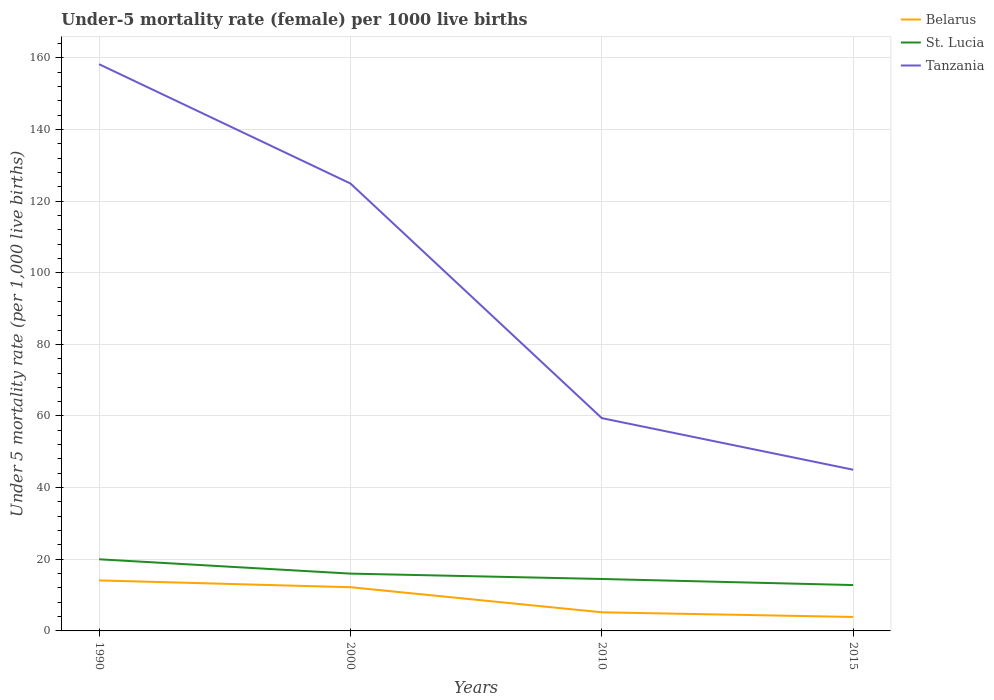
| Years | Belarus | St. Lucia | Tanzania |
 | --- | --- | --- | --- |
 | 1990 | 14.1 | 20 | 158 |
 | 2000 | 12.2 | 16 | 125 |
 | 2010 | 5.2 | 14.5 | 59.4 |
 | 2015 | 3.9 | 12.8 | 45 |